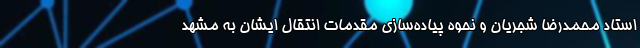
استاد محمدرضا شجریان و نحوه پیاده‌سازی مقدمات انتقال ایشان به مشهد